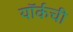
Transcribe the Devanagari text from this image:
यॉर्कची